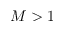
M > 1